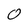
Character: 0